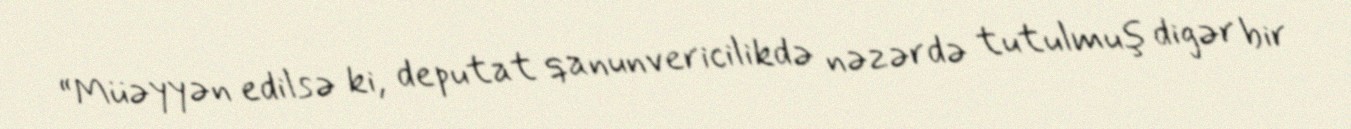
“Müəyyən edilsə ki, deputat qanunvericilikdə nəzərdə tutulmuş digər bir